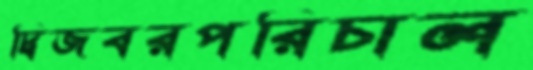
দ্বিজবরপরিচাল